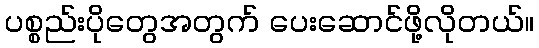
ပစ္စည်းပိုတွေအတွက် ပေးဆောင်ဖို့လိုတယ်။